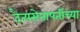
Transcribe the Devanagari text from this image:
दैत्यसेनापतींच्या